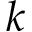
k